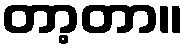
တာ့တာ။